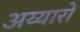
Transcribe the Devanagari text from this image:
अय्यारों